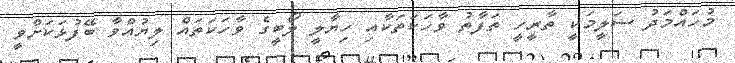
މުހައްމަދު ސަލީމަކީ ތާރީހީ ތަފާތު ވާހަކަތަކާއި ހިޔާލީ ލޯބީގެ ވާހަކަތައް ލިޔުއްވާ ބޭފުޅަކަށްވީ